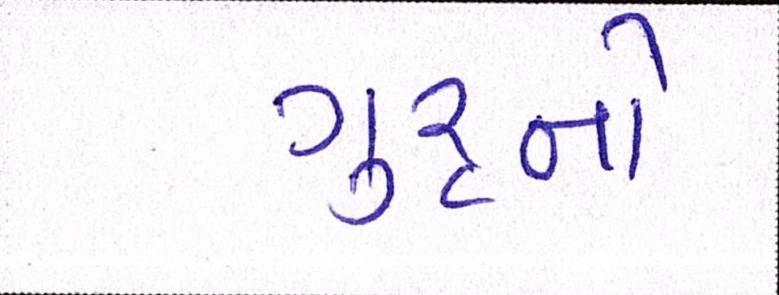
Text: ગુરૃનો